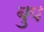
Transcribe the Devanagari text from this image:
बुप